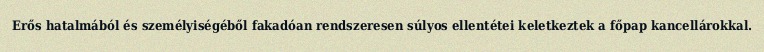
Erős hatalmából és személyiségéből fakadóan rendszeresen súlyos ellentétei keletkeztek a főpap kancellárokkal.